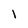
Character: 1